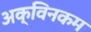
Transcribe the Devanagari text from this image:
अक्विनकम